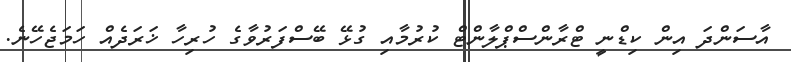
އާސަންދަ އިން ކިޑްނީ ޓްރާންސްޕްލާންޓް ކުރުމާއި ގުޅޭ ބޭސްފަރުވާގެ ހުރިހާ ޚަރަދެއް ހަމަޖެހޭނެ.